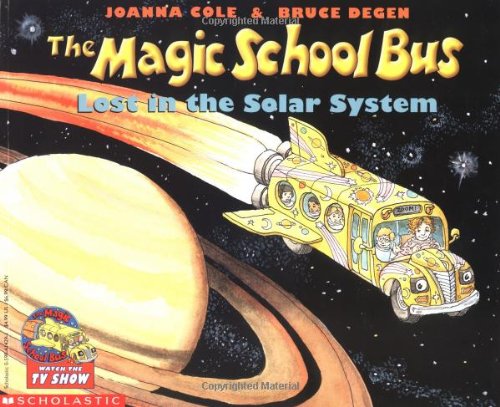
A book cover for The Magic School Bus Lost In The Solar System; Joanna Cole; Science & Math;